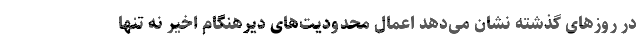
در روزهای گذشته نشان می‌دهد اعمال محدودیت‌های دیرهنگام اخیر نه تنها